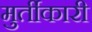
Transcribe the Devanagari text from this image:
मुर्तीकारी